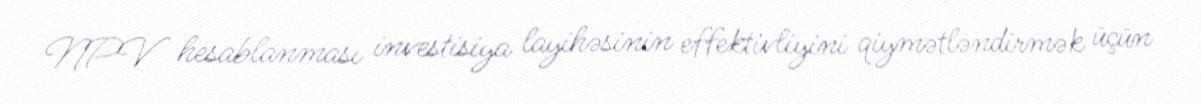
NPV hesablanması investisiya layihəsinin effektivliyini qiymətləndirmək üçün